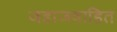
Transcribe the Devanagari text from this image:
जहाजवाहित